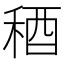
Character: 𥟁